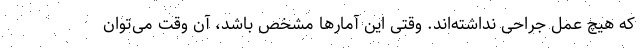
که هیچ عمل جراحی نداشته‌اند. وقتی این آمارها مشخص باشد، آن وقت می‌توان